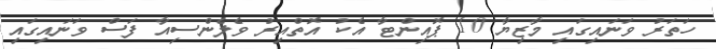
ހަތަރު ވަނައިގައި މާޒިޔާ 10 ޕޮއިންޓާ އެކު އޮތްއިރު ވެލެންސިއާ ފަސް ވަނައިގައި